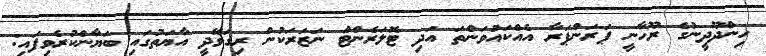
ހިންދޫދީނުގެ ރޫހާނީ ޕަރަންޕަރާ އެއްކައުވަންތަ އަދި ޓޮލަރެންޓް ނަޒަރަކުން ރިގަވޭދީ އާޔަތުގައި ބަޔާންކުރެވިފައި: